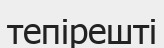
тепірешті